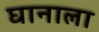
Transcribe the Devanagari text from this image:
घानाला